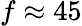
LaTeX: f\approx 45